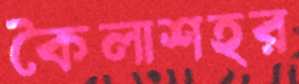
কৈলাশহর